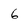
Character: 6